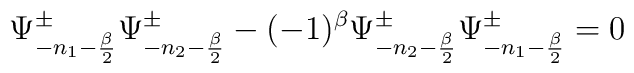
\Psi^{\pm}_{-n_1-{\beta \over 2}} \Psi^{\pm}_{-n_2-{\beta \over 2}}-(-1)^{\beta}\Psi^{\pm}_{-n_2-{\beta \over 2}} \Psi^{\pm}_{-n_1-{\beta \over 2}}=0